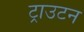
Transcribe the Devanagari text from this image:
ट्राउटन